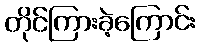
တိုင်ကြားခဲ့ကြောင်း